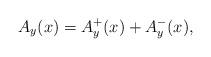
LaTeX: \begin{align*}A_{y}(x) = A_{y}^+(x) + A_{y}^-(x),\end{align*}